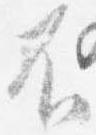
不